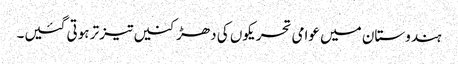
ہندوستان میں عوامی تحریکوں کی دھڑکنیں تیز تر ہوتی گئیں۔